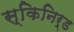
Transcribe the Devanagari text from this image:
स्किनिर्ड